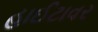
હાઈટાવર